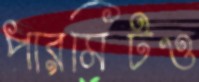
পারমিটও